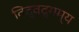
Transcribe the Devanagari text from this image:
विद्वद्गम्य